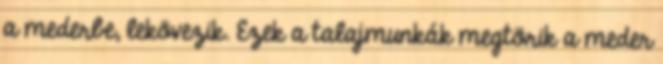
a mederbe, lekövezik. Ezek a talajmunkák megtörik a meder